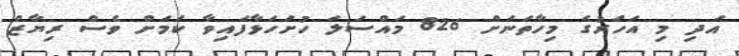
އަދި މި އަހަރުގެ މިހާތަނަށް 826 މައްސަލަ ހުށަހަޅާފައިވާ ކަމަށް ވެސް ރިޔާޒް